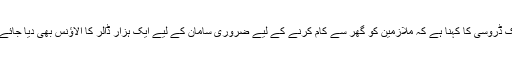
جیک ڈروسی کا کہنا ہے کہ ملازمین کو گھر سے کام کرنے کے لیے ضروری سامان کے لیے ایک ہزار ڈالر کا الاؤنس بھی دیا جائے گا۔